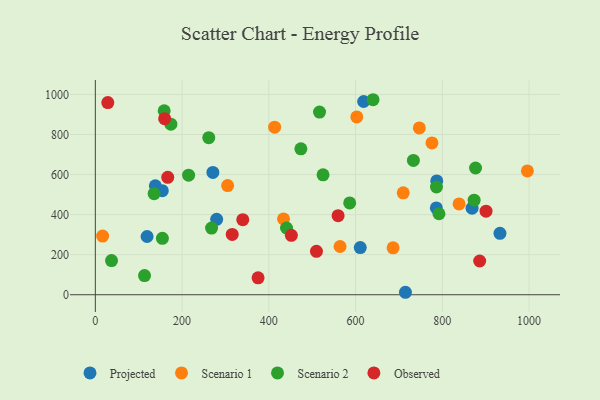
{"axis": {"x": "Price", "y": "Fuel Efficiency"}, "legend": ["Observed", "Projected", "Scenario 1", "Scenario 2"], "data": [{"x": "271.0", "y": 610.8, "type": "Projected"}, {"x": "787.2", "y": 568.3, "type": "Projected"}, {"x": "610.8", "y": 235.4, "type": "Projected"}, {"x": "138.3", "y": 544.1, "type": "Projected"}, {"x": "119.3", "y": 290.7, "type": "Projected"}, {"x": "154.4", "y": 519.8, "type": "Projected"}, {"x": "786.2", "y": 433.7, "type": "Projected"}, {"x": "868.6", "y": 432.1, "type": "Projected"}, {"x": "279.7", "y": 376.4, "type": "Projected"}, {"x": "618.6", "y": 964.9, "type": "Projected"}, {"x": "932.9", "y": 306.5, "type": "Projected"}, {"x": "715.0", "y": 12.3, "type": "Projected"}, {"x": "602.8", "y": 887.9, "type": "Scenario 1"}, {"x": "996.1", "y": 618.2, "type": "Scenario 1"}, {"x": "16.8", "y": 293.1, "type": "Scenario 1"}, {"x": "747.0", "y": 832.9, "type": "Scenario 1"}, {"x": "709.9", "y": 508.8, "type": "Scenario 1"}, {"x": "838.6", "y": 453.2, "type": "Scenario 1"}, {"x": "433.9", "y": 378.3, "type": "Scenario 1"}, {"x": "305.0", "y": 545.2, "type": "Scenario 1"}, {"x": "413.4", "y": 836.6, "type": "Scenario 1"}, {"x": "564.2", "y": 240.8, "type": "Scenario 1"}, {"x": "686.5", "y": 234.3, "type": "Scenario 1"}, {"x": "776.1", "y": 757.8, "type": "Scenario 1"}, {"x": "733.3", "y": 670.6, "type": "Scenario 2"}, {"x": "640.2", "y": 973.7, "type": "Scenario 2"}, {"x": "37.3", "y": 170.8, "type": "Scenario 2"}, {"x": "154.6", "y": 281.6, "type": "Scenario 2"}, {"x": "876.6", "y": 632.9, "type": "Scenario 2"}, {"x": "440.8", "y": 333.1, "type": "Scenario 2"}, {"x": "268.0", "y": 333.0, "type": "Scenario 2"}, {"x": "135.5", "y": 504.5, "type": "Scenario 2"}, {"x": "473.9", "y": 728.5, "type": "Scenario 2"}, {"x": "516.9", "y": 911.9, "type": "Scenario 2"}, {"x": "586.4", "y": 458.3, "type": "Scenario 2"}, {"x": "525.0", "y": 598.8, "type": "Scenario 2"}, {"x": "261.5", "y": 784.1, "type": "Scenario 2"}, {"x": "792.3", "y": 404.3, "type": "Scenario 2"}, {"x": "174.2", "y": 851.5, "type": "Scenario 2"}, {"x": "158.7", "y": 918.7, "type": "Scenario 2"}, {"x": "873.3", "y": 472.4, "type": "Scenario 2"}, {"x": "113.4", "y": 95.5, "type": "Scenario 2"}, {"x": "786.5", "y": 538.0, "type": "Scenario 2"}, {"x": "215.0", "y": 596.9, "type": "Scenario 2"}, {"x": "451.9", "y": 296.5, "type": "Observed"}, {"x": "900.8", "y": 417.4, "type": "Observed"}, {"x": "559.7", "y": 394.7, "type": "Observed"}, {"x": "339.9", "y": 375.0, "type": "Observed"}, {"x": "886.1", "y": 168.5, "type": "Observed"}, {"x": "509.8", "y": 217.0, "type": "Observed"}, {"x": "375.2", "y": 84.4, "type": "Observed"}, {"x": "315.6", "y": 300.9, "type": "Observed"}, {"x": "159.8", "y": 879.1, "type": "Observed"}, {"x": "28.7", "y": 959.7, "type": "Observed"}, {"x": "166.9", "y": 586.4, "type": "Observed"}]}